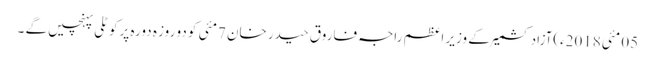
05 مئی2018ء)آزاد کشمیر کے وزیر اعظم راجہ فاروق حیدر خان 7مئی کو دو روز ہ دورہ پرکوٹلی پہنچیں گے ۔